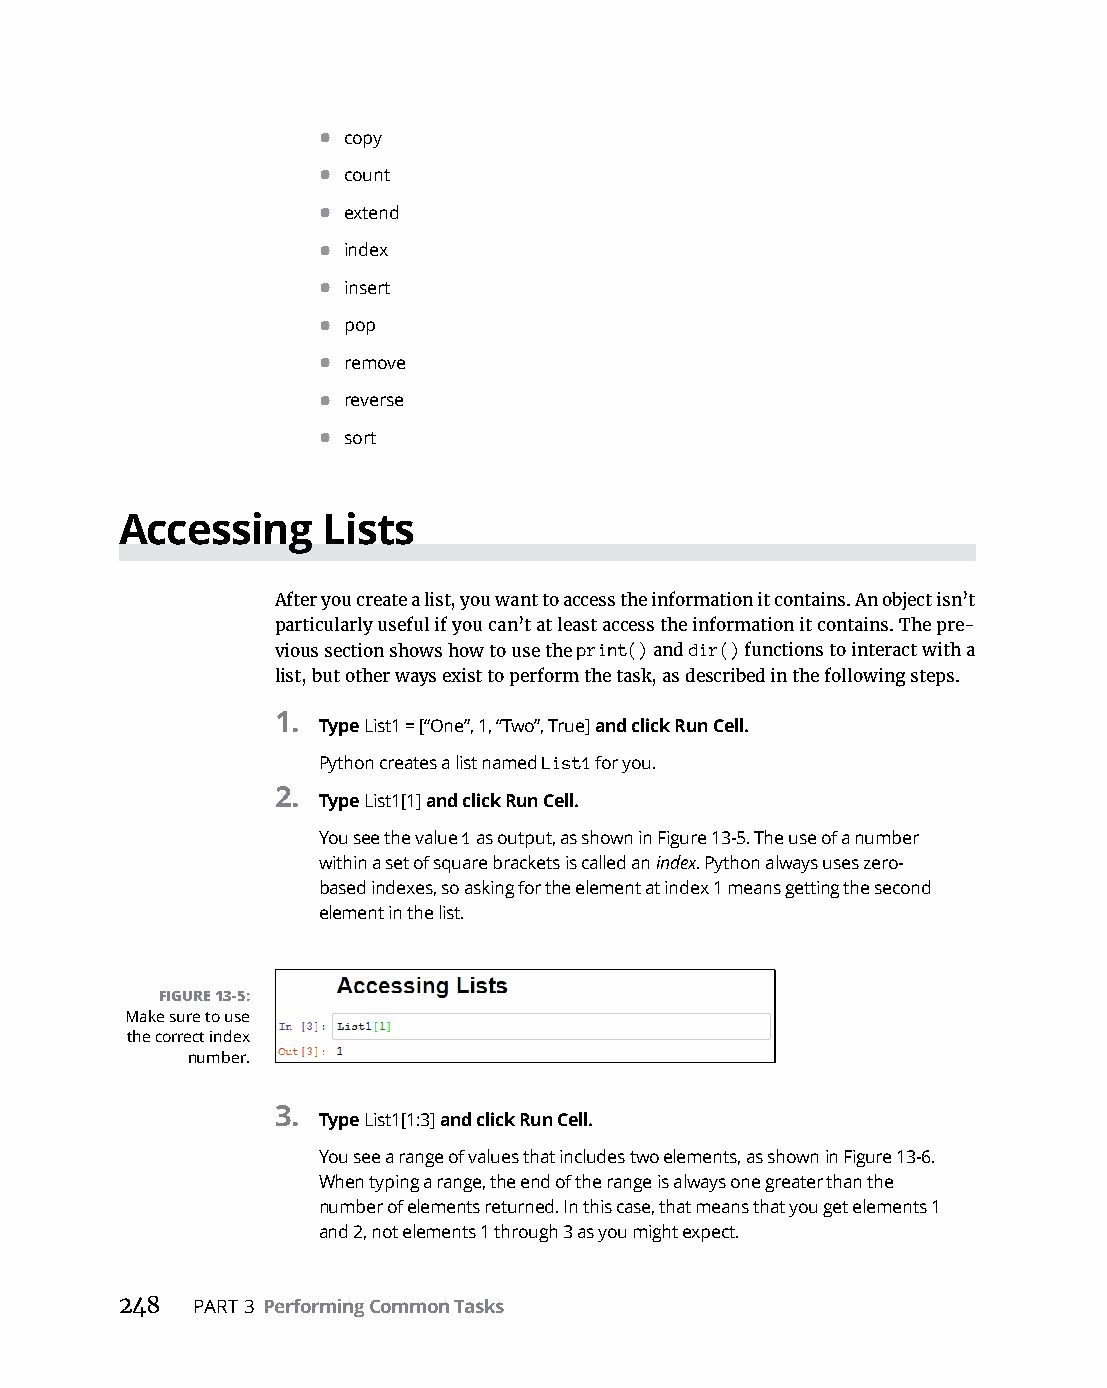
• copy
 • count
 • extend
 • index
 • insert
 • pop
 • remove
 • reverse
 • sort
 Accessing    Lists
 After you create a list, you want to access the information it contains. An object isn’t
 particularly useful if you can’t at least access the information it contains. The pre-
 vious section shows how to use the print() and dir() functions to interact with a
 list, but other ways exist to perform the task, as described in the following steps.
 1.
 Type List1 = [“One”, 1, “Two”, True] and click Run Cell.
 Python creates a list named List1 for you.
 2.
 Type List1[1] and click Run Cell.
 You see the value 1 as output, as shown in Figure 13-5. The use of a number
 within a set of square brackets is called an index. Python always uses zero-
 based indexes, so asking for the element at index 1 means getting the second
 element in the list.
 FIGURE 13-5:
 Make sure to use
 the correct index
 number.
 3.
 Type List1[1:3] and click Run Cell.
 You see a range of values that includes two elements, as shown in Figure 13-6.
 When typing a range, the end of the range is always one greater than the
 number of elements returned. In this case, that means that you get elements 1
 and 2, not elements 1 through 3 as you might expect.
 248  PART 3 Performing Common Tasks